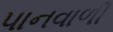
પાનવાળી